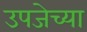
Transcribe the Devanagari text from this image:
उपजेच्या